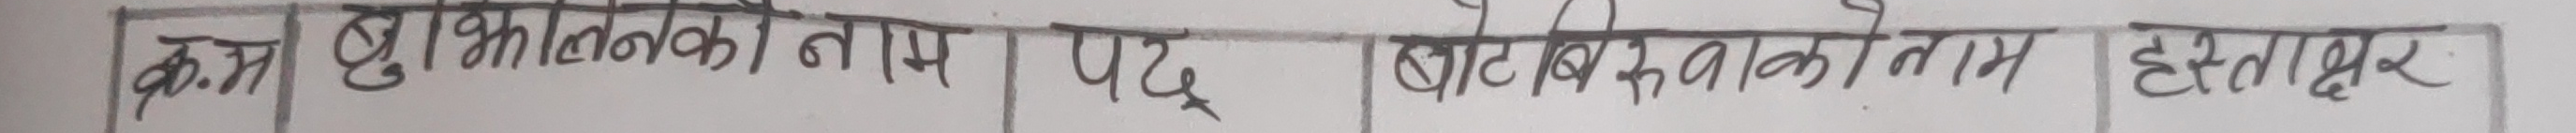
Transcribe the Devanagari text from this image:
क्रम | भुक्तानीकाे किसिम | पद | बाेरा/वालकाे नाम | हस्ताक्षर